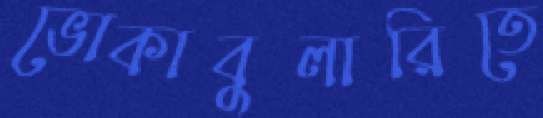
ভোকাবুলারিতে